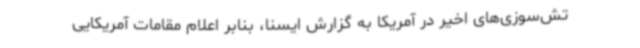
تش‌سوزی‌های اخیر در آمریکا به گزارش ایسنا، بنابر اعلام مقامات آمریکایی